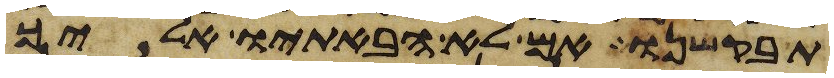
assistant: תבקשנו אם לא הבאתיו אליך